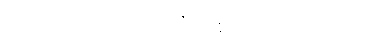
ဟုတ်တယ်၊ အလေးပြုဖို့လည်း ပါတယ်။